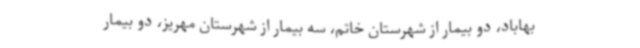
بهاباد، دو بیمار از شهرستان خاتم، سه بیمار از شهرستان مهریز، دو بیمار